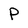
Character: P